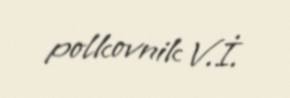
polkovnik V.İ.